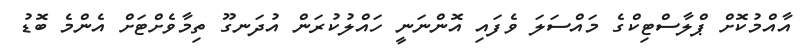
އާއްމުކޮށް ޕްލާސްޓިކްގެ މައްސަލަ ވެފައި އޮންނަނީ ހައްލުކުރަން އުދަނގޫ ތިމާވެށްޓަށް އެންމެ ބޮޑު